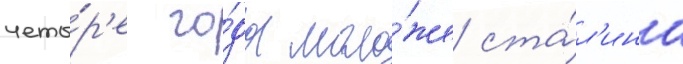
четы́р'е го́да моло́же ста́л'ина